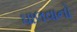
ઘાલવાનો